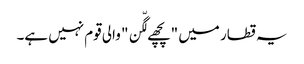
یہ قطار میں "پچھے لگّن" والی قوم نہیں ہے۔